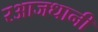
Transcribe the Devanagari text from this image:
रआजधानी